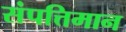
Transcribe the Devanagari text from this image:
संपत्तिमान